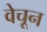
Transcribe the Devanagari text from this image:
वेचून